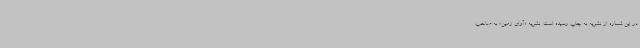
در این شماره از نشریه به چاپ رسیده است. نشریه «آوای زمین» به صاحب